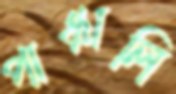
পাঞ্চালি